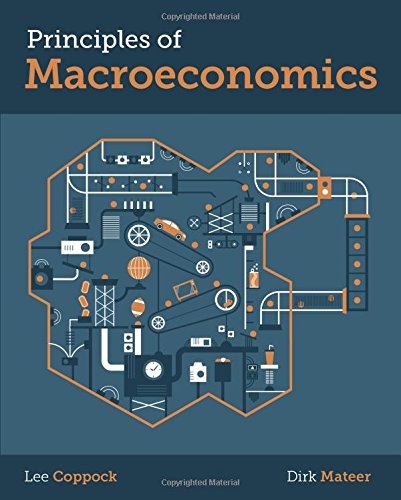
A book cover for Principles of Macroeconomics; Lee Coppock; Business & Money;